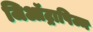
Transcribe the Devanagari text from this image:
जिऑट्रापिज्म